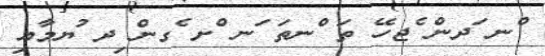
ްނ ަދން ެޖހޭ ތަ ްނތަ ަނ ްށ ެގން ިދ ުޔމާއި